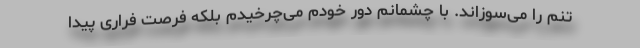
تنم را می‌سوزاند. با چشمانم دور خودم می‌چرخیدم بلکه فرصت فراری پیدا